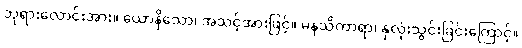
ဘုရားလောင်းအား။ ယောနိသော၊ အသင့်အားဖြင့်။ မနသိကာရာ၊ နှလုံးသွင်းခြင်းကြောင့်။